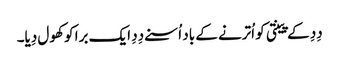
دِدِ کے پینتی کو اُترنے کے باد اُسنے دِدِ ایک برا کو کھول دِیا۔